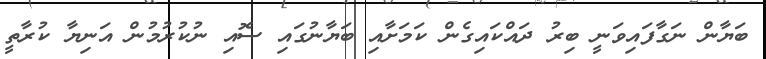
ބަޔާން ނަގާފައިވަނީ ބިރު ދައްކައިގެން ކަމަށާއި ބަޔާނުގައި ސޮއި ނުކުރުމުން އަނިޔާ ކުރާތީ